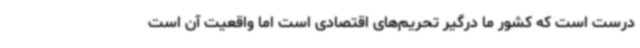
درست است که کشور ما درگیر تحریم‌های اقتصادی است اما واقعیت آن است